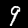
Digit: 9